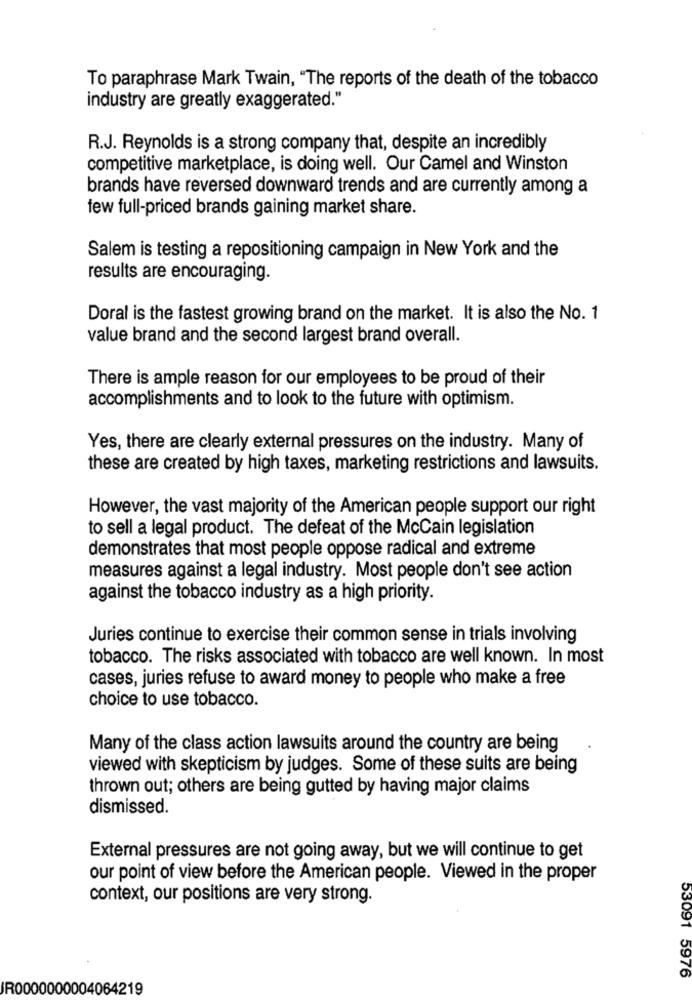
To paraphrase Mark Twain, "The reports of the death of the tobacco
industry are greatly exaggerated."
R.J. Reynolds is a strong company that, despite an incredibly
competitive marketplace, is doing well. Our Camel and Winston
brands have reversed downward trends and are currently among a
few full-priced brands gaining market share.
Salem is testing a repositioning campaign in New York and the
results are encouraging.
Doral is the fastest growing brand on the market. It is also the No. 1
value brand and the second largest brand overall.
There is ample reason for our employees to be proud of their
accomplishments and to look to the future with optimism.
Yes, there are clearly external pressures on the industry. Many of
these are created by high taxes, marketing restrictions and lawsuits.
However, the vast majority of the American people support our right
to sell a legal product. The defeat of the McCain legislation
demonstrates that most people oppose radical and extreme
measures against a legal industry. Most people don't see action
against the tobacco industry as a high priority.
Juries continue to exercise their common sense in trials involving
tobacco. The risks associated with tobacco are well known. In most
cases, juries refuse to award money to people who make a free
choice to use tobacco.
Many of the class action lawsuits around the country are being
viewed with skepticism by judges. Some of these suits are being
thrown out; others are being gutted by having major claims
dismissed.
External pressures are not going away, but we will continue to get
our point of view before the American people. Viewed in the proper
context, our positions are very strong.
53091 5976
R0000000004064219